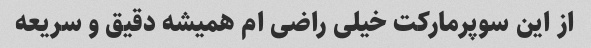
از این سوپرمارکت خیلی راضی ام همیشه دقیق و سریعه